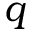
\boldsymbol { q }